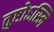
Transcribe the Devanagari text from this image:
तुष्टोऽस्मि